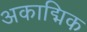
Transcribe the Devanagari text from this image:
अकाद्मिक